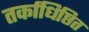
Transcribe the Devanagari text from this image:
तर्काधिष्ठित